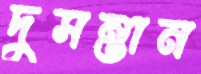
দুসন্তান